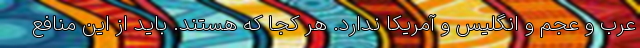
عرب و عجم و انگلیس و آمریکا ندارد. هر کجا که هستند. باید از این منافع